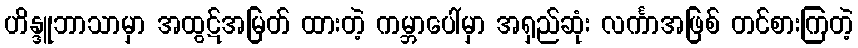
ဟိန္ဒူဘာသာမှာ အထွဋ်အမြတ် ထားတဲ့ ကမ္ဘာပေါ်မှာ အရှည်ဆုံး လင်္ကာအဖြစ် တင်စားကြတဲ့